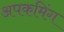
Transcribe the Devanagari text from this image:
अपकमिंग